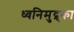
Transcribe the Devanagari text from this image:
ध्वनिमुद्र्का